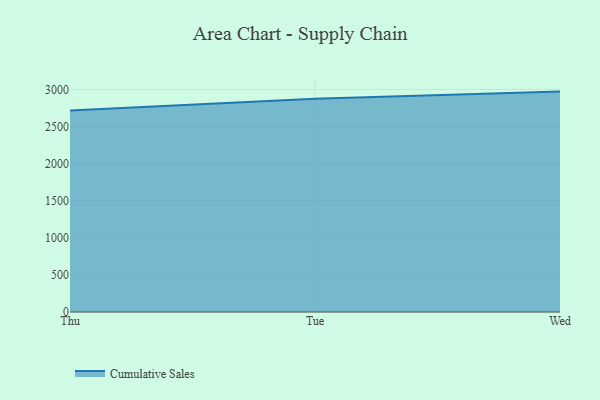
{"axis": {"x": "Day", "y": "Waste Production (Tons)"}, "legend": ["Cumulative Sales"], "data": [{"x": "Thu", "y": 2714.6, "type": "Cumulative Sales"}, {"x": "Tue", "y": 2873.5, "type": "Cumulative Sales"}, {"x": "Wed", "y": 2970.6, "type": "Cumulative Sales"}]}